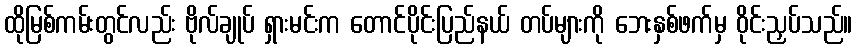
ထိုမြစ်ကမ်းတွင်လည်း ဗိုလ်ချုပ် ရှားမင်းက တောင်ပိုင်းပြည်နယ် တပ်များကို ဘေးနှစ်ဖက်မှ ဝိုင်းညှပ်သည်။